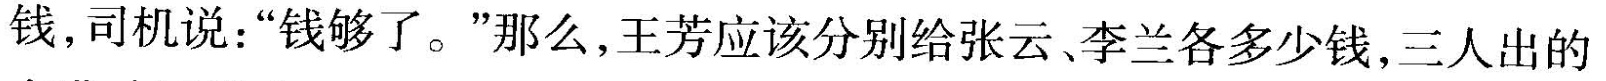
钱，司机说：”钱够了。”那么，王芳应该分别给张云、李兰各多少钱，三人出的